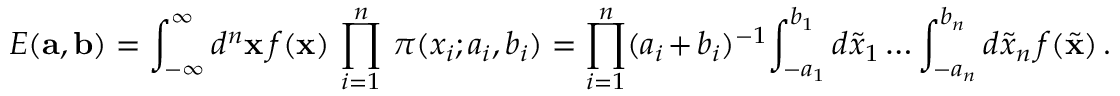
E ( { \bf a } , { \bf b } ) = \int _ { - \infty } ^ { \infty } d ^ { n } { \bf x } \, f ( { \bf x } ) \, \prod _ { i = 1 } ^ { n } \, \pi ( x _ { i } ; a _ { i } , b _ { i } ) = \prod _ { i = 1 } ^ { n } ( a _ { i } + b _ { i } ) ^ { - 1 } \! \int _ { - a _ { 1 } } ^ { b _ { 1 } } d \tilde { x } _ { 1 } \dots \int _ { - a _ { n } } ^ { b _ { n } } d \tilde { x } _ { n } \, f ( \tilde { \bf x } ) \, .